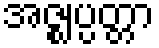
အဇ္ဈပ္ပတ္တာ